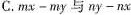
C.$$mx-my$$与$$ny-nx$$